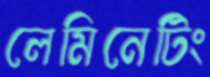
লেমিনেটিং